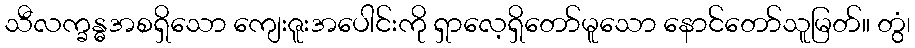
သီလက္ခန္ဓအစရှိသော ကျေးဇူးအပေါင်းကို ရှာလေ့ရှိတော်မူသော နောင်တော်သူမြတ်။ တွံ၊